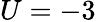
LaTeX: U=-3